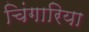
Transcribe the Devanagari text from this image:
चिंगारिया